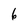
Character: 6